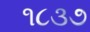
૧૮૩૭